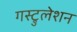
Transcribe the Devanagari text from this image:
गस्ट्रुलेशन